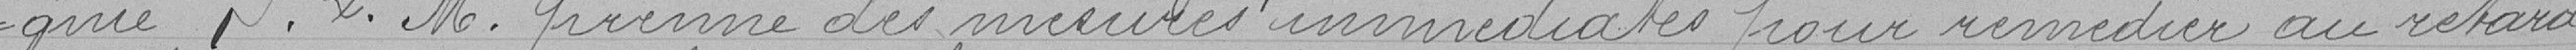
gnie P.L.M. prenne des mesures immédiates pour remédier au retard